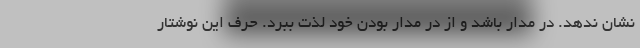
نشان ندهد. در مدار باشد و از در مدار بودن خود لذت ببرد. حرف این نوشتار